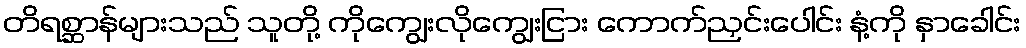
တိရစ္ဆာန်များသည် သူတို့ ကိုကျွေးလိုကျွေးငြား ကောက်ညှင်းပေါင်း နံ့ကို နှာခေါင်း